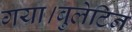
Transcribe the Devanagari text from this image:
गया।बुलेटिन